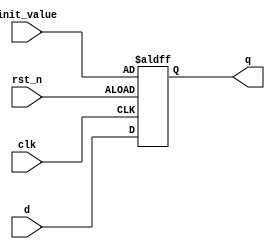
`timescale 1ns / 1ps
//////////////////////////////////////////////////////////////////////////////////
// Company: 
// 
// Design Name: 
// Module Name:    D_FF 
// Project Name: 
// Target Devices: 
// Tool versions: 
// Description: 
//
// Dependencies: 
//
// Revision: 
// Revision 0.01 - File Created
// Additional Comments: 
//
//////////////////////////////////////////////////////////////////////////////////
module D_FF (q, d, rst_n, clk,init_value);  
 output q;  //fpga4student.com: FPga projects, Verilog projects, VHDL projects
 input d, rst_n, clk,init_value;  
 reg q; // Indicate that q is stateholding  
 always @(posedge clk or negedge rst_n)  
 if (~rst_n)  
 q <= init_value;     // On reset, set to 0  
 else  
 q <= d; // Otherwise out = d   

 endmodule